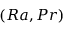
( R a , P r )